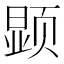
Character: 𲊿